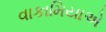
વાકામિયાએ